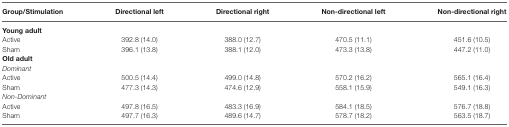
<table><thead><tr><td><b>Group/Stimulation</b></td><td><b>Directional left</b></td><td><b>Directional right</b></td><td><b>Non-directional left</b></td><td><b>Non-directional right</b></td></tr></thead><tbody><tr><td><b>Young adult</b></td></tr><tr><td>Active</td><td>392.8 (14.0)</td><td>388.0 (12.7)</td><td>470.5 (11.1)</td><td>451.6 (10.5)</td></tr><tr><td>Sham</td><td>396.1 (13.8)</td><td>388.1 (12.0)</td><td>473.3 (13.8)</td><td>447.2 (11.0)</td></tr><tr><td><b>Old adult</b></td></tr><tr><td><i>Dominant</i></td></tr><tr><td>Active</td><td>500.5 (14.4)</td><td>499.0 (14.8)</td><td>570.2 (16.2)</td><td>565.1 (16.4)</td></tr><tr><td>Sham</td><td>477.3 (14.3)</td><td>474.6 (12.9)</td><td>558.1 (15.9)</td><td>549.1 (16.3)</td></tr><tr><td><i>Non-Dominant</i></td></tr><tr><td>Active</td><td>497.8 (16.5)</td><td>483.3 (16.9)</td><td>584.1 (18.5)</td><td>576.7 (18.8)</td></tr><tr><td>Sham</td><td>497.7 (16.3)</td><td>489.6 (14.7)</td><td>578.7 (18.2)</td><td>563.5 (18.7)</td></tr></tbody></table>